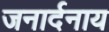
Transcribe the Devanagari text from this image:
जनार्दनाय